Annual administration and progress report of the Indian Medical Department, Bombay
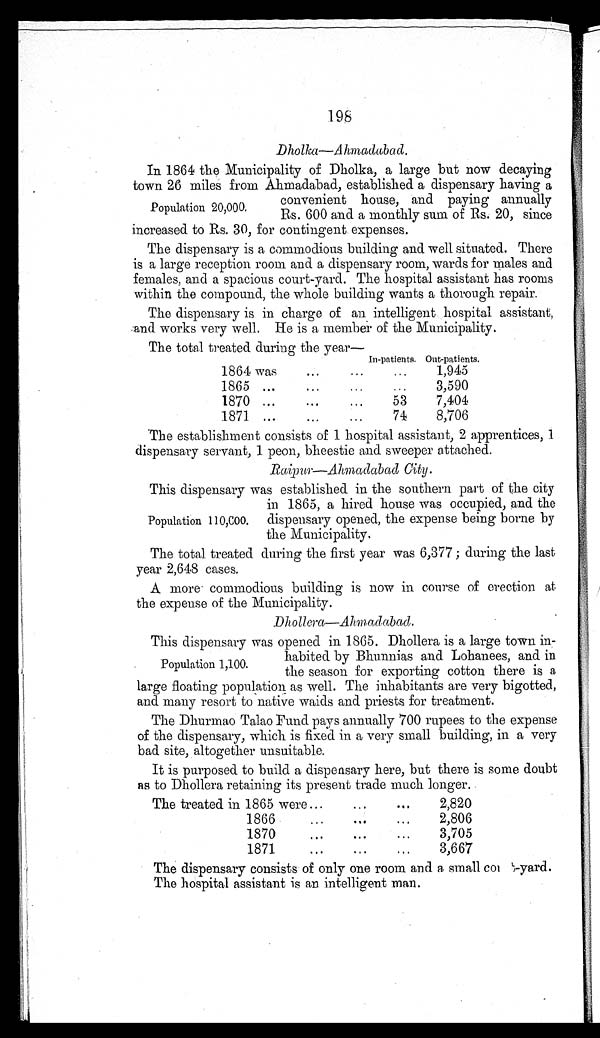
198
D h o l k a — A h m a d a b a d .
•
In 1864 the Municipality of Dholka, a large but now decaying
town 26 miles from Ahmadabad, established a dispensary having a
Po elation 20 000.
convenient house, and paying annually
p
,
Rs. 600 and a monthly sum of Rs. 20, since
increased to Rs. 30, for contingent expenses.
The dispensary is a commodious building and well situated. There
is a large reception room and a dispensary room, wards for males and
females, and a spacious court-yard. The hospital assistant has rooms
within the compound, the whole building wants a thorough repair.
The dispensary is in charge of an, intelligent hospital assistant,
..and works very well. He is a member of the Municipality.
The total treated during the year—
...
In-patients. Out-patients.
•• •
1864 was1,945
.• •
• • .
1865 ...3,590 •• •
...
1870 ...
...
53
7,404
1871 ...• • •
74
8,706
•••
The establishment consists of 1 hospital assistant, 2 apprentices, 1
dispensary servant, 1 peon, bheestie and sweeper attached.
Raimw—Ahmadabad City.
This dispensary was established in the southern part of the city
in 1865, a hired house was occupied, and the
Population 110,C00. dispensary opened, the expense being borne by
the Municipality.
The total. treated during the first year was 6,377 ; during the last
year 2,648 cases.
A more commodious building is now in course of erection at
the expense of the Municipality.
Dhollera—Alonadabad.
This dispensary was opened in 1865. Dhollera is a large town in-
Population 1,100.
habited by Bhunnias and Lohanees, and in
the season for exporting cotton there is a.
large floating population as well. The inhabitants are very bi.gotted,
and many resort to native wards and priests for treatment.
The Dhurmao Talao Fund pays annually 700 rupees to the expense
of the dispensary, which is fixed in a very small building, in a very
bad site, altogether unsuitable.
It is purposed to build a dispensary here, but there is some doubt
as to Dhollera retaining its present trade much longer.
The treated in 1865 were ...
...
...
2,820
1866
...
•••
...
2,806
1870
...
•..
...
3,705
1871
...
...
. • .
3,667
The dispensary consists of only one room and a small col ',yard.
The hospital assistant is an intelligent man.